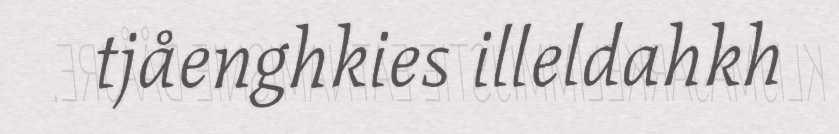
tjåenghkies illeldahkh